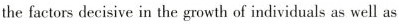
the factors decisive in the growth of individuals as well as